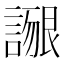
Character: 𲁴